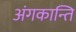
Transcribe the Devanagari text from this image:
अंगकान्ति